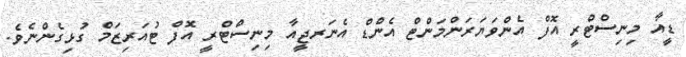
ޑީއާ މިނިސްޓްރީ އޮފް އެންވަޔަރަންމަންޓް އެންޑް އެނަރޖީއާ މިނިސްޓްރީ އޮފް ޓުއަރިޒަމް ގުޅިގެންނެވެ.